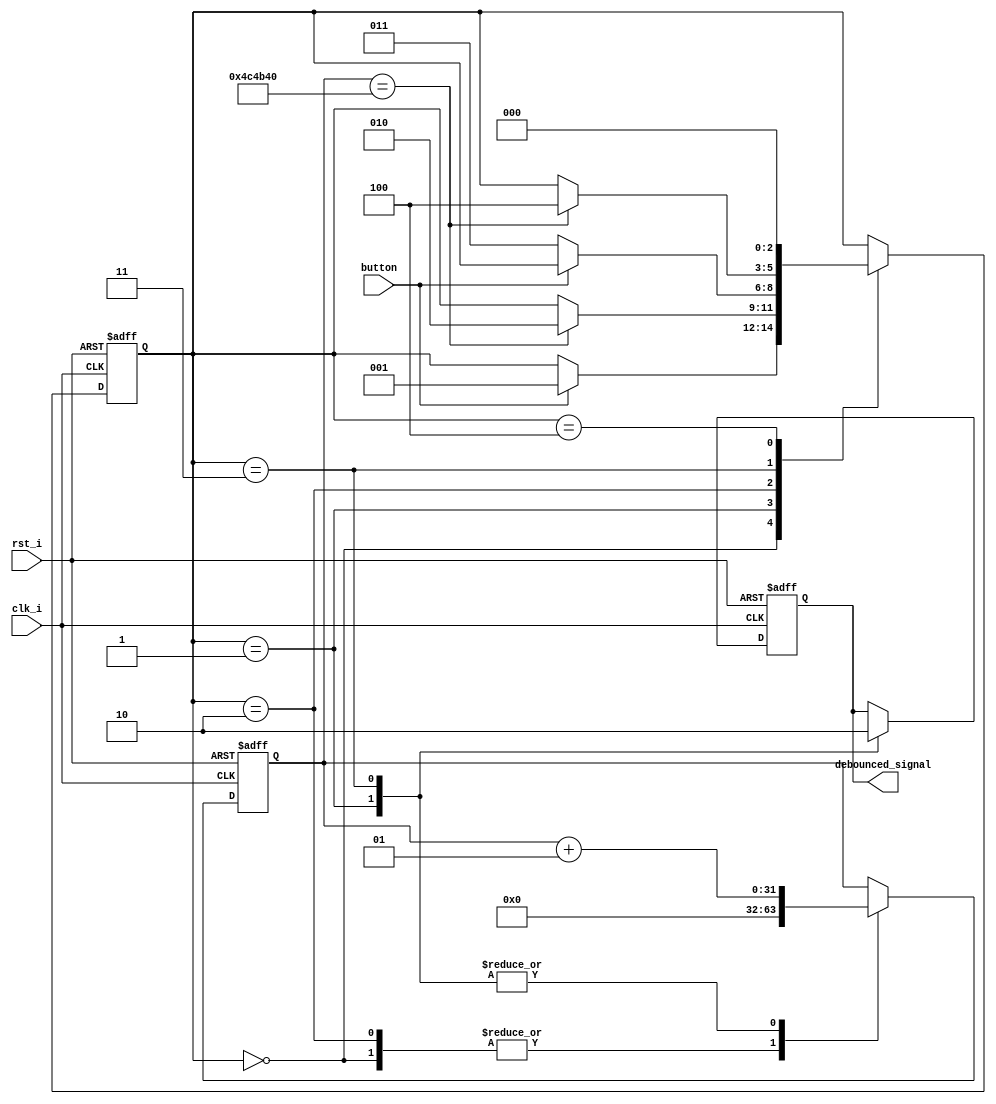
`timescale 1ns / 1ps

module Debouncer(
    input clk_i,
    input rst_i,
    input button,
    output reg debounced_signal
    );
    
    integer counter;
    integer bounce_time = 5000000;
    reg [2:0] state;
    
    always @(posedge clk_i or posedge rst_i)
    begin
        if(rst_i)
        begin
            counter = 0;
            state <= 0;
            debounced_signal <= 0;
        end
        else
        begin
            case(state)
                0: begin
                    counter = 0;
                    if(button)
                        state <= 1;
                    end
                1: begin 
                    debounced_signal <= 1;
                    if(counter == bounce_time)
                        state <= 2;
                        counter = counter + 1;
                    end
                2: begin
                    counter = 0;
                    if(!button)
                        state <= 3;
                    end    
                3: begin
                    debounced_signal <= 0;
                    if(counter == bounce_time)
                        state <= 4;
                        counter = counter + 1;
                    end
                4: state <= 0;
            endcase
        end
    end
endmodule